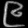
Digit: ၉